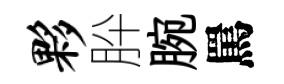
夥肸腕罵